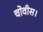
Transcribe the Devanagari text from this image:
चोवीस।